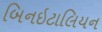
બિનઇટાલિયન